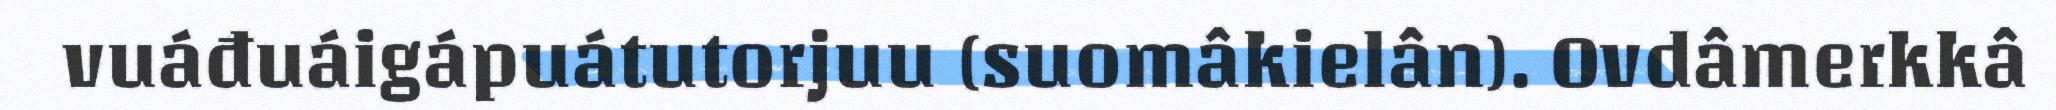
vuáđuáigápuátutorjuu (suomâkielân). Ovdâmerkkâ